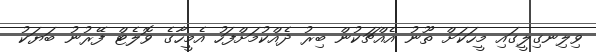
ވިލިނގިލީގައި މީހަކަށް ތޫނު އެއްޗަކުން ބިރު ދެއްކުމަށްފަހު އެމީހާގެ ވޮލެޓް ފޭރުނު ބަޔަކު